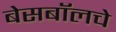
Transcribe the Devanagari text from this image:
बेसबॉलचे